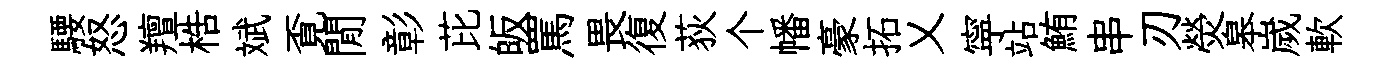
騕怒羶梏斌覔閒彰芘皈罵畏復荻个幡豪拓乂寜站鮪串刃熒皋嵗軟